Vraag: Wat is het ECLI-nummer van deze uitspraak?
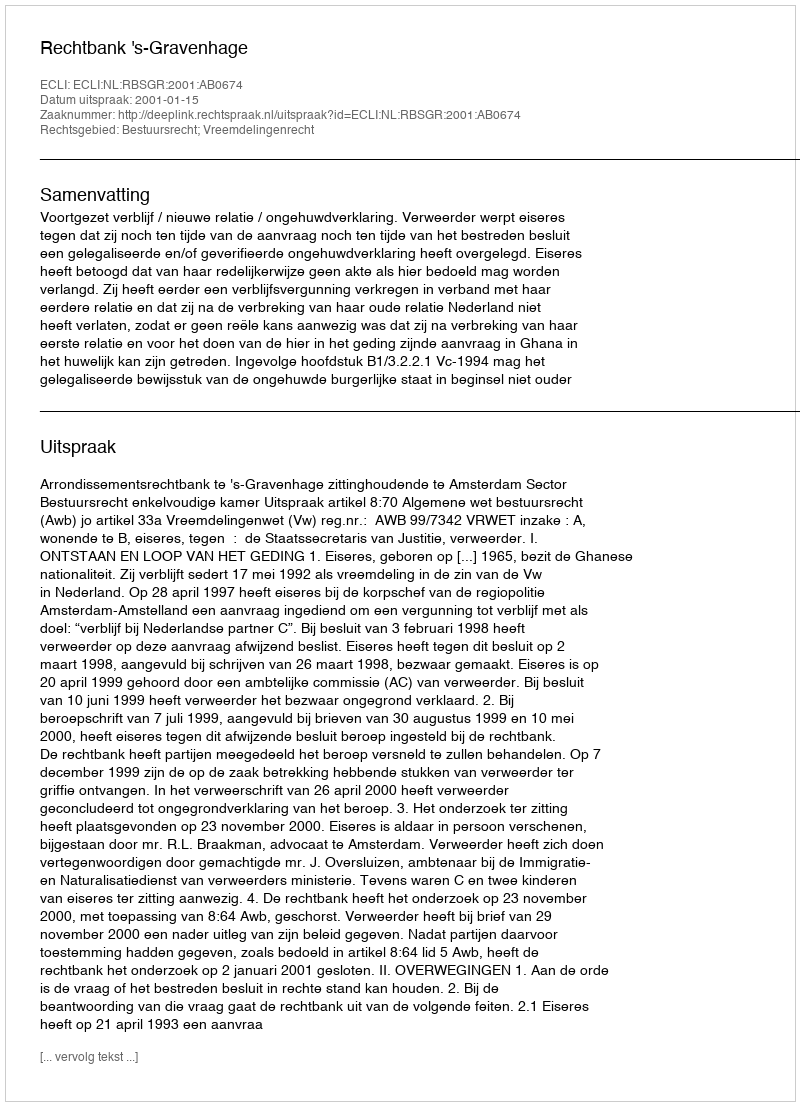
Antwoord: ECLI:NL:RBSGR:2001:AB0674